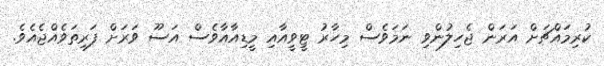
ކުރިމައްޗަށް އަރަން ޖެހިލުންވި ނަމަވެސް މިހާރު ޓީވީއާއި މީޑިއާއާވެސް އަސޫ ވަރަށް ފަރިތަވެއްޖެއެވެ.